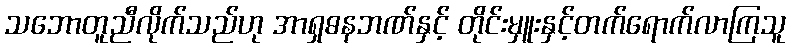
သဘောတူညီလိုက်သည်ဟု အာရှဓနဘဏ်နှင့် တိုင်းမှူးနှင့်တက်ရောက်လာကြသူ